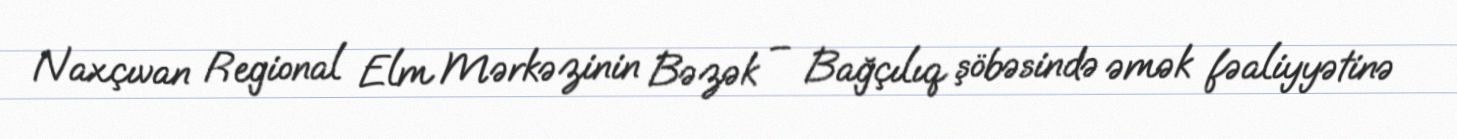
Naxçıvan Regional Elm Mərkəzinin Bəzək – Bağçılıq şöbəsində əmək fəaliyyətinə